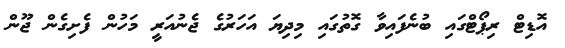
އޮޑިޓް ރިޕޯޓްގައި ބުނެފައިވާ ގޮތުގައި މިދިޔަ އަހަރުގެ ޖެނުއަރީ މަހުން ފެށިގެން ޖޫން